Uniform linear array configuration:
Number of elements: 48
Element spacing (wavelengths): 0.25
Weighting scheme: uniform
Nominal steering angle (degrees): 45
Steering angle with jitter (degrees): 43.468
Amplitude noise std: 0.05
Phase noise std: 0.05

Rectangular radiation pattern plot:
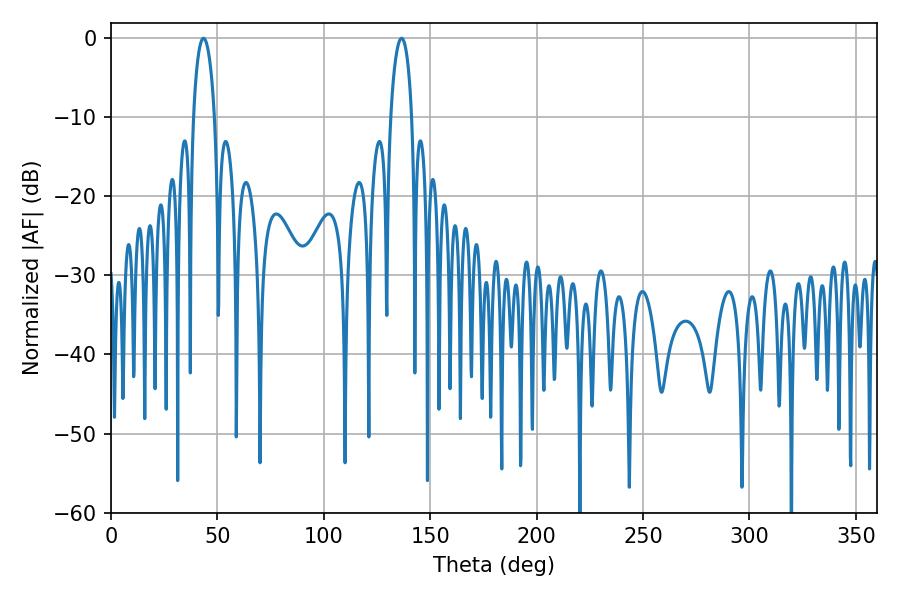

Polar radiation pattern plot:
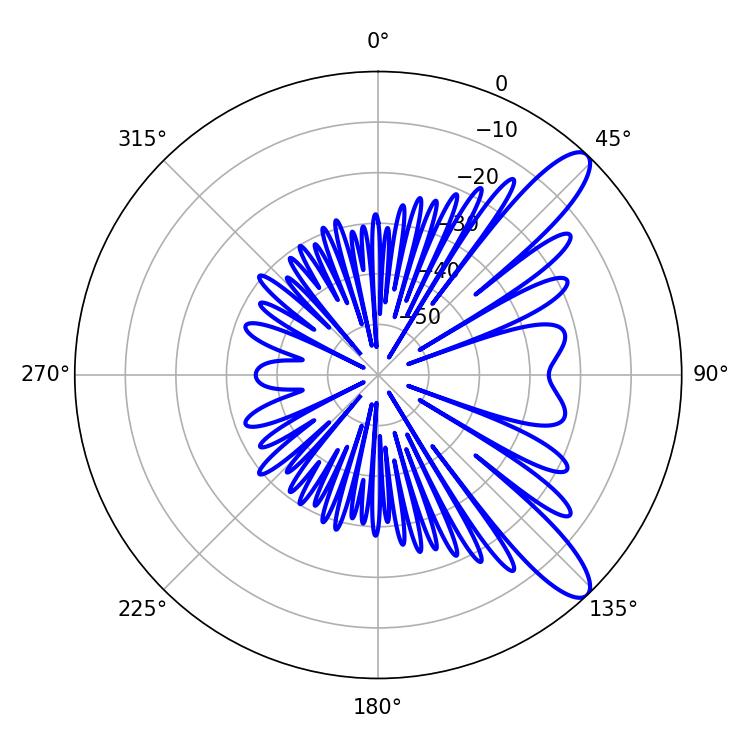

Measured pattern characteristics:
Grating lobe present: FALSE
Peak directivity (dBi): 11.029
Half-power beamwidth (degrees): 5.76
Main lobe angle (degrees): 43.38